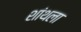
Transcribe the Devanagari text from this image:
शांथला